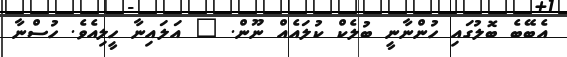
އެބޭބެ ބޮލުގައި ހުންނާނީ ބުލެކް ކުލައެއް ނޫން. " އަލައިނާ ހީލިއެވެ. ހުސްނާ